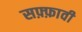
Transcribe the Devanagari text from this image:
सफ़्फ़ावी